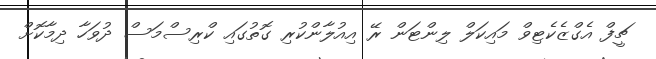
ޗީފް އެގްޒެކެޓިވް މައިކަލް ލިންޓަން ރޭ އިއުލާންކުރި ގޮތުގައި ކްރިސްމަސް ދުވަހާ ދިމާކޮށް